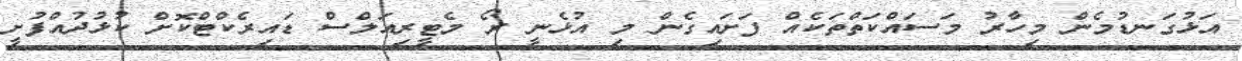
އަޅުގަނޑުމެން މިހާރު މަސައްކަތްތަކެއް ފަށައިގެން މި އުޅެނީ ރޯ މެޓީރިއަލްސް ޑައިރެކްޓްކޮށް ކުޅުދުއްފުށީ